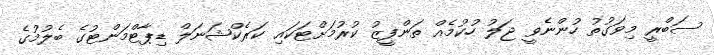
ސަބްރީ މިވަގުތު ހުންނެވީ ޖަލު ހުކުމެއް ތަންފީޒު ކުރުމަށްޓަކައި ކަރެކްޝަނަލް ޑިޕާޓްމަންޓުގެ ބެލުމުގެ